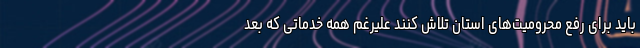
باید برای رفع محرومیت‌های استان تلاش کنند علیرغم همه خدماتی که بعد